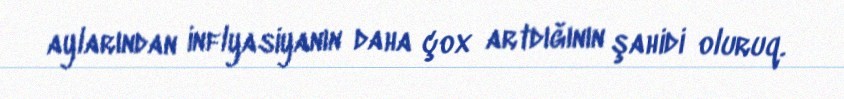
aylarından inflyasiyanın daha çox artdığının şahidi oluruq.